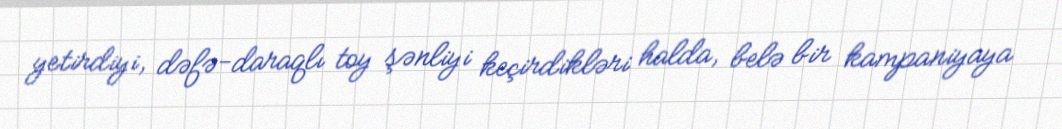
yetirdiyi, dəfə-daraqlı toy şənliyi keçirdikləri halda, belə bir kampaniyaya